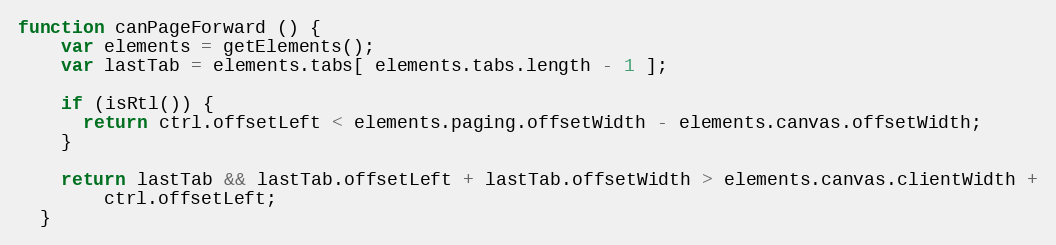
Language: JavaScript
function canPageForward () {
    var elements = getElements();
    var lastTab = elements.tabs[ elements.tabs.length - 1 ];

    if (isRtl()) {
      return ctrl.offsetLeft < elements.paging.offsetWidth - elements.canvas.offsetWidth;
    }

    return lastTab && lastTab.offsetLeft + lastTab.offsetWidth > elements.canvas.clientWidth +
        ctrl.offsetLeft;
  }